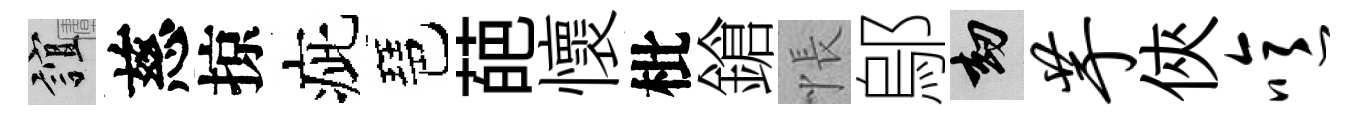
誼慈掠疵琶葩懷枇鎗悵鄔劫芋俠噫